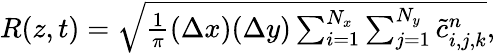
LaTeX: \begin{array}{r}{R(z,t)=\sqrt{\frac{1}{\pi}(\Delta x)(\Delta y)\sum_{i=1}^{N_{x}}\sum_{j=1}^{N_{y}}\tilde{c}_{i,j,k}^{n}},}\end{array}